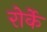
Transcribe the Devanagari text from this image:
रोर्के